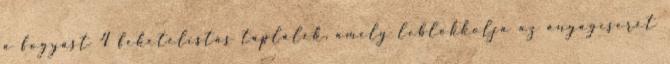
a fogyást 4 feketelistás táplálék, amely leblokkolja az anyagcserét